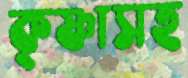
কৃষ্ণাসহ